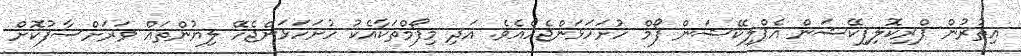
އިތުރުން ޕްރިކޮލިފިކޭޝަން އެޕްލިކޭޝަން ފޯމް ހުށަހަޅަންޖެހެއެވެ. އަދި މިފޯމްތަކާއެކު ހުށަހަޅަންޖެހޭ ލިޔުންތައް ވަރަށްސާފުކޮށް